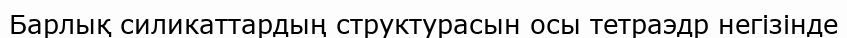
Барлық силикаттардың структурасын осы тетраэдр негізінде